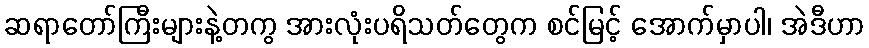
ဆရာတော်ကြီးများနဲ့တကွ အားလုံးပရိသတ်တွေက စင်မြင့် အောက်မှာပါ၊ အဲဒီဟာ